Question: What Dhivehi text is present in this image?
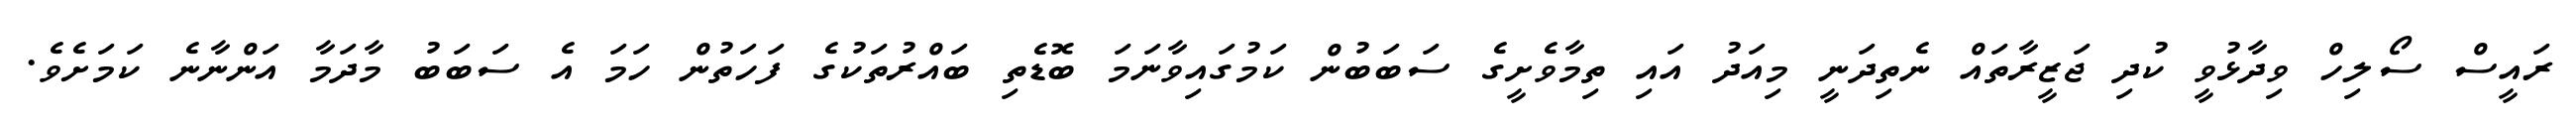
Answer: ރައީސް ސޯލިހް ވިދާޅުވީ ކުދި ޖަޒީރާތައް ނެތިދަނީ މިއަދު އައި ތިމާވެށީގެ ސަބަބުން ކަމުގައިވާނަމަ ބޮޑެތި ބައްރުތަކުގެ ފަހަތުން ހަމަ އެ ސަބަބު މާދަމާ އަންނާނެ ކަމަށެވެ.